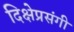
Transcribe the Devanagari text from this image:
दिक्षेप्रसंगी